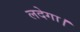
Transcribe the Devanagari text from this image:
लदेगा।